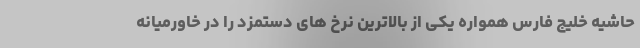
حاشیه خلیج فارس همواره یکی از بالاترین نرخ های دستمزد را در خاورمیانه